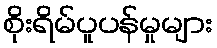
စိုးရိမ်ပူပန်မှုများ